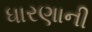
ધારણાની